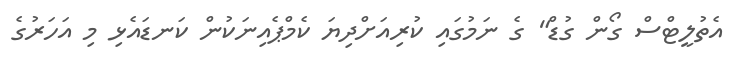
އެތުލީޓްސް ގޯން ގުޑް" ގެ ނަމުގައި ކުރިއަށްދިޔަ ކެމްޕެއިނަކުން ކަނޑައެޅި މި އަހަރުގެ